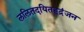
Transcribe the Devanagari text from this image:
ललितदयितहृद्रंजन